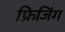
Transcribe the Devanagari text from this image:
फ्रिजिंग